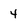
Character: 4